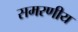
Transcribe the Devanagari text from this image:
समरणीय